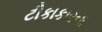
ટીકાકારના